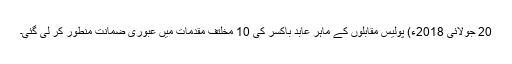
20 جولائی 2018ء) پولیس مقابلوں کے ماہر عابد باکسر کی 10 مخلتف مقدمات میں عبوری ضمانت منطور کر لی گئی۔